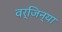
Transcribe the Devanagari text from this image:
वर्जिन्या